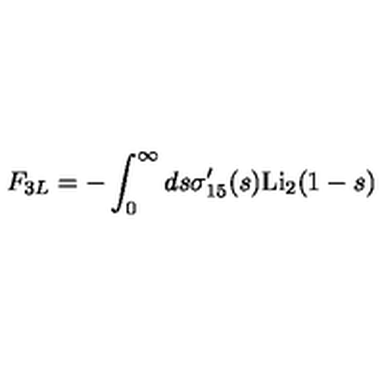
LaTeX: F _ { 3 L } = - \int _ { 0 } ^ { \infty } d s \sigma _ { 1 5 } ^ { \prime } ( s ) \mathrm { L i } _ { 2 } ( 1 - s )